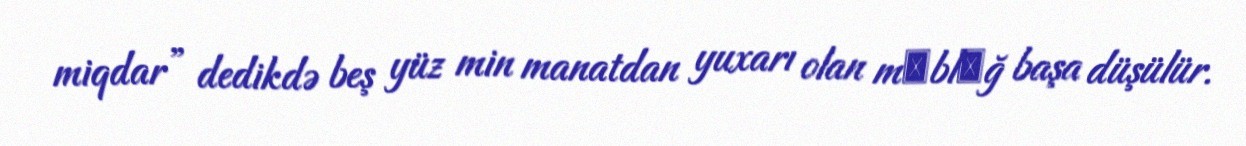
miqdar” dedikdə beş yüz min manatdan yuxarı olan mәblәğ başa düşülür.